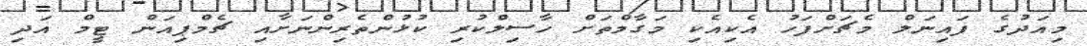
މިއަދުގެ ފައިނަލް މެޗަށްފަހު އެކިއެކި މަގާމްތަށް ހާސިލްކުރި ކުޅުންތެރިންނަށާއި ޗެމްޕިއަން ޓީމް އަދި